Annual report of the Civil Veterinary Department, Bengal, for the year 1897-98 - 1897-1898
Year: 1897
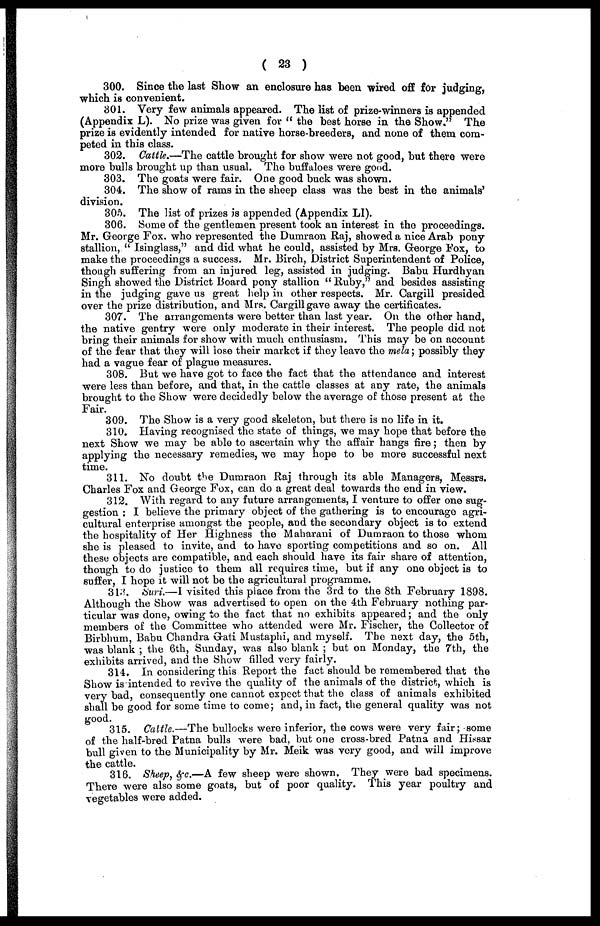
( 23 )
300. Since the last Show an enclosure has been wired off for judging,
which is convenient.
301. Very few animals appeared. The list of prize-winners is appended
(Appendix L). No prize was given for "the best horse in the Show." The
prize is evidently intended for native horse-breeders, and none of them com-
peted in this class.
302. Cattle.—The cattle brought for show were not good, but there were
more bulls brought up than usual. The buffaloes were good.
303. The goats were fair. One good buck was shown.
304. The show of rams in the sheep class was the best in the animals'
division.
305. The list of prizes is appended (Appendix LI).
306. Some of the gentlemen present took an interest in the proceedings.
Mr. George Fox. who represented the Dumraon Raj, showed a nice Arab pony
stallion, "Isinglass," and did what he could, assisted by Mrs. George Fox, to
make the proceedings a success. Mr. Birch, District Superintendent of Police,
though suffering from an injured leg, assisted in judging. Babu Hurdhyan
Singh showed the District Board pony stallion "Ruby," and besides assisting
in the judging gave us great help in other respects. Mr. Cargill presided
over the prize distribution, and Mrs. Cargill gave away the certificates.
307. The arrangements were better than last year. On the other hand,
the native gentry were only moderate in their interest. The people did not
bring their animals for show with much enthusiasm. This may be on account
of the fear that they will lose their market if they leave the mela; possibly they
had a vague fear of plague measures.
308. But we have got to face the fact that the attendance and interest
were less than before, and that, in the cattle classes at any rate, the animals
brought to the Show were decidedly below the average of those present at the
Fair.
309. The Show is a very good skeleton, but there is no life in it.
310. Having recognised the state of things, we may hope that before the
next Show we may be able to ascertain why the affair hangs fire ; then by
applying the necessary remedies, we may hope to be more successful next
time.
311. No doubt the Dumraon Raj through its able Managers, Messrs.
Charles Fox and George Fox, can do a great deal towards the end in view.
312. With regard to any future arrangements, I venture to offer one sug-
gestion : I believe the primary object of the gathering is to encourage agri-
cultural enterprise amongst the people, and the secondary object is to extend
the hospitality of Her Highness the Maharani of Dumraon to those whom
she is pleased to invite, and to have sporting competitions and so on. All
these objects are compatible, and each should have its fair share of attention,
though to do justice to them all requires time, but if any one object is to
suffer, I hope it will not be the agricultural programme.
313. Suri.—I visited this place from the 3rd to the 8th February 1898.
Although the Show was advertised to open on the 4th February nothing par-
ticular was done, owing to the fact that no exhibits appeared; and the only
members of the Committee who attended were Mr. Fischer, the Collector of
Birbhum, Babu Chandra Gati Mustaphi, and myself. The next day, the 5th,
was blank ; the 6th, Sunday, was also blank ; but on Monday, the 7th, the
exhibits arrived, and the Show filled very fairly.
314. In considering this Report the fact should be remembered that the
Show is intended to revive the quality of the animals of the district, which is
very bad, consequently one cannot expect that the class of animals exhibited
shall be good for some time to come; and, in fact, the general quality was not
good.
315. Cattle.—The bullocks were inferior, the cows were very fair; some
of the half-bred Patna bulls were bad, but one cross-bred Patna and Hissar
bull given to the Municipality by Mr. Meik was very good, and will improve
the cattle.
316. Sheep, &c.—A few sheep were shown. They were bad specimens.
There were also some goats, but of poor quality. This year poultry and
vegetables were added.